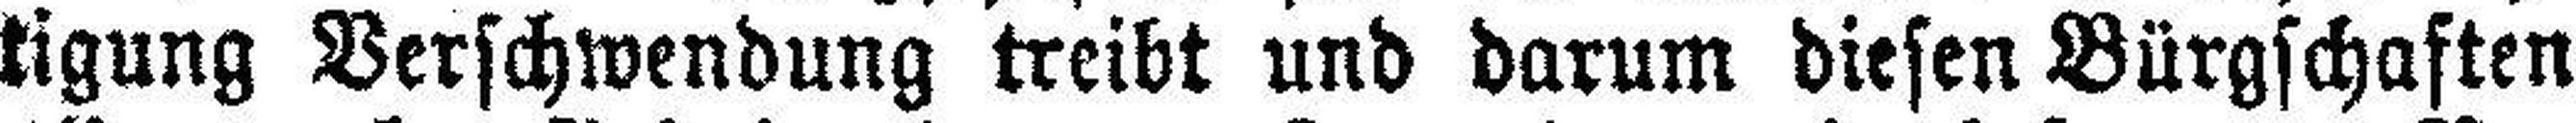
tigung Verschwendung treibt und darum diesen Bürgschaften